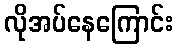
လိုအပ်နေကြောင်း